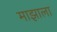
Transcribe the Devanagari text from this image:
माझाला